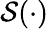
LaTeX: \mathcal{S}(\cdot)